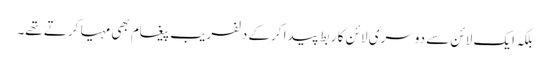
بلکہ ایک لائن سے دوسری لائن کا ربط پیدا کرکے دلفریب پیغام بھی مہیا کرتے تھے۔